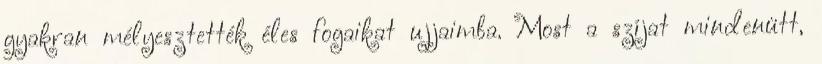
gyakran mélyesztették éles fogaikat ujjaimba. Most a szíjat mindenütt,